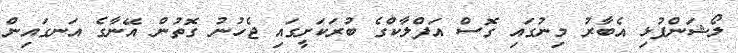
ލޯޝަންފުޅި އެބާރު މިނުގައި ގޮސް އަފްލާކްގެ ބުރަކަށީގައި ޖެހުނު ގޮތުން އޭނާގެ އަނގައިން